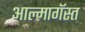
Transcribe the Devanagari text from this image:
आल्मागॅस्त